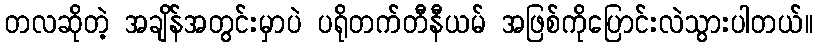
တလဆိုတဲ့ အချိန်အတွင်းမှာပဲ ပရိုတက်တီနီယမ် အဖြစ်ကိုပြောင်းလဲသွားပါတယ်။